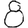
Digit: 8